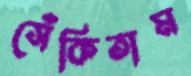
সেঁকিতাম